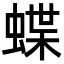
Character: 蝶